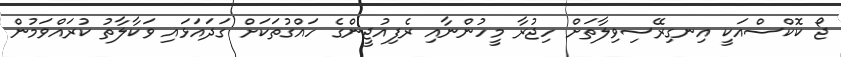
ޖޯ ކޮކްސްއަކީ އިނގިރޭސިވިލާތަށް ހިޖުރާ މީހުންނާއި ރެފިއުޖީންގެ ހައްގުތަކަށް ގަދައަޅައި ވަކާލާތު ކުރައްވަމުން